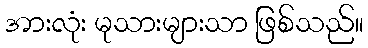
အားလုံး မုသားများသာ ဖြစ်သည်။